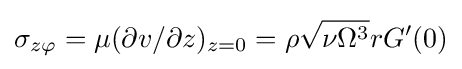
\sigma _{z\varphi }=\mu (\partial v/\partial z)_{z=0}=\rho {\sqrt {\nu \Omega ^{3}}}rG'(0)